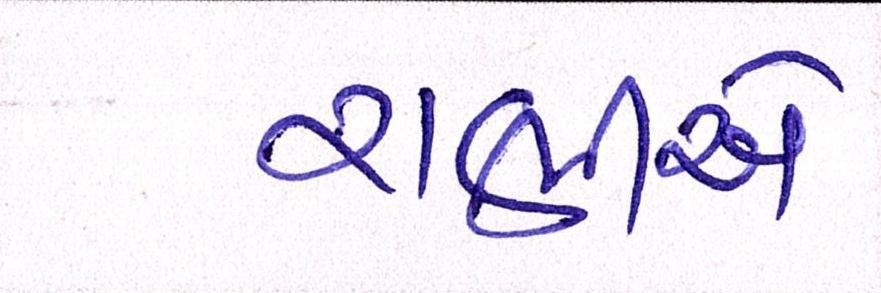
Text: રાણીએ